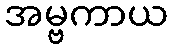
အမ္ဗကာယ